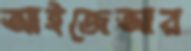
আইজেআর